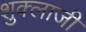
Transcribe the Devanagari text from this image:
शुक्लाजी